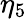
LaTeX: \eta_{5}